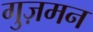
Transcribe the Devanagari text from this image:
गुज़मन